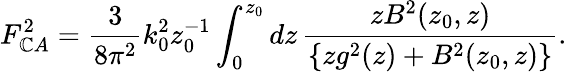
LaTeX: F_{\mathbb{C}A}^{2}={\frac{{3}}{{8\pi^{2}}}}k_{0}^{2}z_{0}^{-1}\int_{0}^{z_{0}}dz\, {\frac{{zB^{2}(z_{0},z)}}{{\{ zg^{2}(z)+B^{2}(z_{0},z)\} }}}.